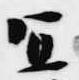
宣